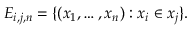
E _ { i , j , n } = \{ ( x _ { 1 } , \ldots , x _ { n } ) : x _ { i } \in x _ { j } \} .